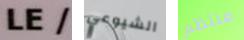
LE/ الشيوعي منتظم